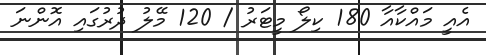
އެއީ މައްކާއާ 180 ކިލޯ މީޓަރު / 120 މޭލު ދުރުގައި އޮންނަ